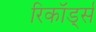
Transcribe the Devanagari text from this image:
रिकॉर्ड्स